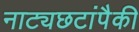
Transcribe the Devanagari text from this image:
नाट्यछटांपैकी